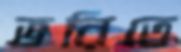
ভরিতে